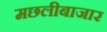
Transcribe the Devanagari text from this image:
मछलीबाजार